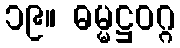
၁၉။ ဓမ္မဋ္ဌဝဂ္ဂ